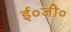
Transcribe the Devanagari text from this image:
ई०जी०